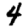
Digit: 4